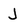
Character: J